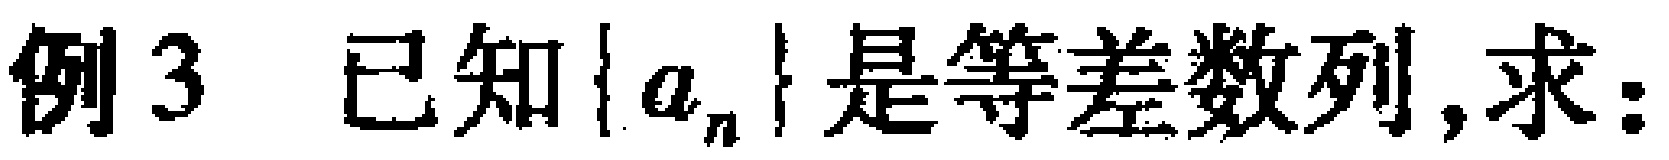
例3 已知\(\{a_{n}\}\)是等差数列,求：